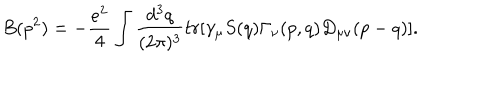
B ( p ^ { 2 } ) = - \frac { e ^ { 2 } } { 4 } \int \frac { d ^ { 3 } q } { ( 2 \pi ) ^ { 3 } } t r \lbrack \gamma _ { \mu } S ( q ) \Gamma _ { \nu } ( p , q ) D _ { \mu \nu } ( p - q ) \rbrack .